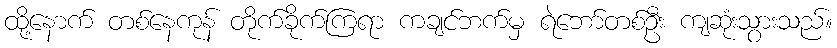
ထို့နောက် တစ်နေကုန် တိုက်ခိုက်ကြရာ ကချင်ဘက်မှ ရဲဘော်တစ်ဦး ကျဆုံးသွားသည်။